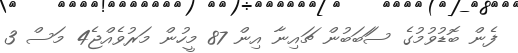
ފެން ބޮޑުވުމުގެ ސަަބަބުން ޗައިނާ އިން 87 މީހުން މަރުވެއްޖެ4 މަސް 3